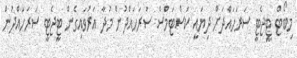
މިބޯޓް ޓީޖެޓީ ސަރަހައްދަށް ދިޔައީ ކަސްޓަމްސް ސަރަހައްދުން މުދާ އަރުވައިގެން ޓީޖެޓީ ސަރަހައްދުން